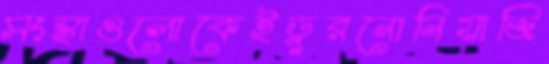
সংস্থাগুলোকেইডুরনোনিয়াজি